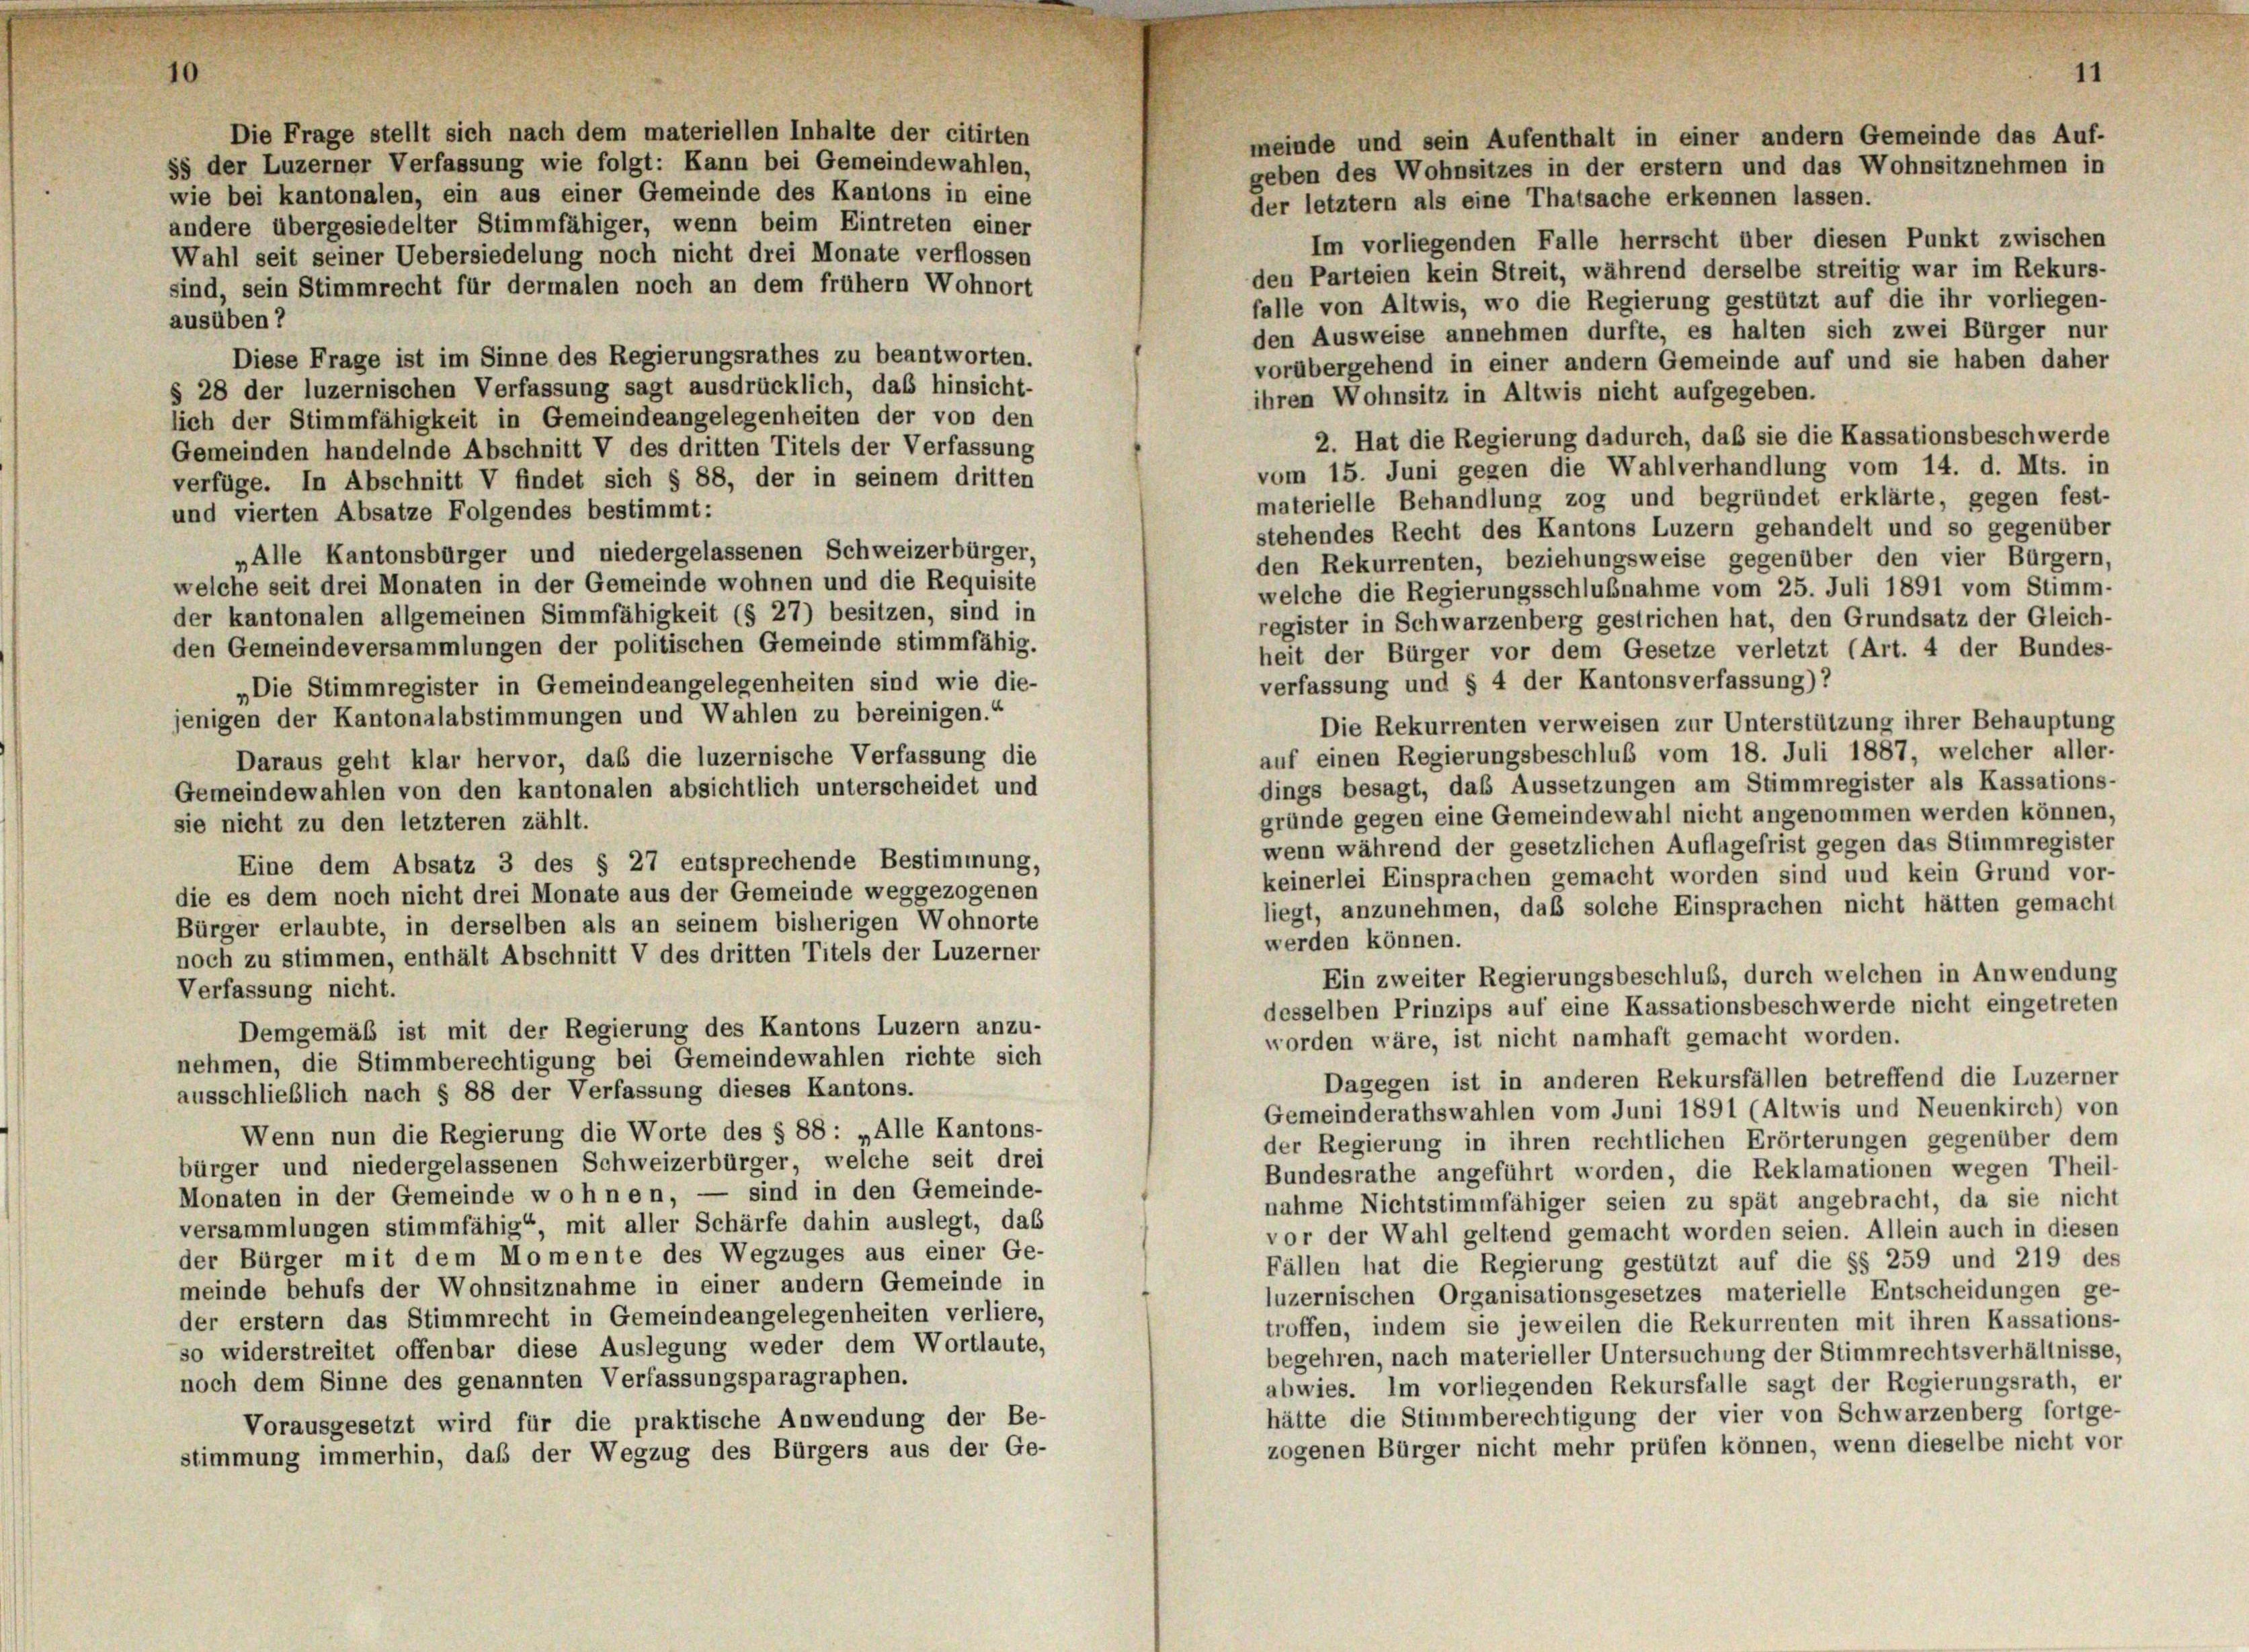
10

Die Frage stellt sich nach dem materiellen Inhalte der citirten
ss der Luzerner Verfassung wie folgt: Kann bei Gemeindewahlen,
wie bei kantonalen, ein aus einer Gemeinde des Kantons in eine
der letztem als eine Thatsache erkennen lassen.
andere übergesiedelter Stimmfähiger, wenn beim Eintreten einer
Im vorliegenden Falle herrscht über diesen Punkt zwischen
Wahl seit seiner Uebersiedelung noch nicht drei Monate verflossen
den Parteien kein Streit, während derselbe streitig war im Rekurs-
sind, sein Stimmrecht für dermalen noch an dem frühem Wohnort
falle von Altwis, wo die Regierung gestützt auf die ihr vorliegen-
ausüben?
den Ausweise annehmen durfte, es halten sich zwei Bürger nur
Diese Frage ist im Sinne des Regierungsrathes zu beantworten.
vorübergehend in einer andern Gemeinde auf und sie haben daher
§ 28 der luzernischen Verfassung sagt ausdrücklich, das hinsicht-
ihren Wohnsitz in Altwis nicht aufgegeben.
lich der Stimmfähigkeit in Gemeindeangelegenheiten der von den
2. Hat die Regierung dadurch, daß sie die Kassationsbeschwerde
Gemeinden handelnde Abschnitt V des dritten Titels der Verfassung
vom 15. Juni gegen die Wahlverhandlung vom 14. d. Mts. in
verfüge. In Abschnitt V findet sich § 88, der in seinem dritten
materielle Behandlung zog und begründet erklärte, gegen fest-
und vierten Absatze Folgendes bestimmt:
stehendes Recht des Kantons Luzern gehandelt und so gegenüber
„Alle Kantonsbürger und niedergelassenen Schweizerbürger,
den Rekurrenten, beziehungsweise gegenüber den vier Bürgern,
welche seit drei Monaten in der Gemeinde wohnen und die Requisite
welche die Regierungsschlußnahme vom 25. Juli 1891 vom Stimm-
der kantonalen allgemeinen Simmfähigkeit (§ 27) besitzen, sind in
register in Schwarzenberg gestrichen hat, den Grundsatz der Gleich-
den Gemeindeversammlungen der politischen Gemeinde stimmfähig.
heit der Bürger vor dem Gesetze verletzt (Art. 4 der Bundes-
verfassung und § 4 der Kantonsverfassung) ?
„Die Stimmregister in Gemeindeangelegenheiten sind wie die-
jenigen der Kantonalabstimmungen und Wahlen zu bereinigen.“
Die Rekurrenten verweisen zur Unterstützung ihrer Behauptung
auf einen Regierungsbeschluß vom 18. Juli 1887, welcher aller-
Daraus geht klar hervor, daß die luzernische Verfassung die
dings besagt, das Aussetzungen am Stimmregister als Kassations-
Gemeindewahlen von den kantonalen absichtlich unterscheidet und
gründe gegen eine Gemeindewahl nicht angenommen werden können,
sie nicht zu den letzteren zählt.
wenn während der gesetzlichen Auflagefrist gegen das Stimmregister
Eine dem Absatz 3 des § 27 entsprechende Bestimmung,
keinerlei Einsprachen gemacht worden sind und kein Grund vor-
die es dem noch nicht drei Monate aus der Gemeinde weggezogenen
liegt, anzunehmen, daß solche Einsprachen nicht hätten gemacht
Bürger erlaubte, in derselben als an seinem bisherigen Wohnorte
werden können.
noch zu stimmen, enthält Abschnitt V des dritten Titels der Luzerner
Ein zweiter Regierungsbeschluß, durch welchen in Anwendung
Verfassung nicht.
desselben Prinzips auf eine Kassationsbeschwerde nicht eingetreten
Demgemäß ist mit der Regierung des Kantons Luzern anzu-
worden wäre, ist nicht namhaft gemacht worden.
nehmen, die Stimmberechtigung bei Gemeindewahlen richte sich
Dagegen ist in anderen Rekursfällen betreffend die Luzerner
ausschließlich nach § 88 der Verfassung dieses Kantons.
Gemeinderathswahlen vom Juni 1891 (Altwis und Neuenkirch) von
Wenn nun die Regierung die Worte des § 88 : „Alle Kantons-
der Regierung in ihren rechtlichen Erörterungen gegenüber dem
bürger und niedergelassenen Schweizerbürger, welche seit drei
Bundesrathe angeführt worden, die Reklamationen wegen Theil-
Monaten in der Gemeinde wohnen, — sind in den Gemeinde-
nahme Nichtstimmfähiger seien zu spät angebracht, da sie nicht
versammlungen stimmfähig“, mit aller Schärfe dahin auslegt, das
vor der Wahl geltend gemacht worden seien. Allein auch in diesen
der Bürger mit dem Momente des Wegzuges aus einer Ge-
Fällen hat die Regierung gestützt auf die §§ 259 und 219 des
meinde behufs der Wohnsitznahme in einer andern Gemeinde in
luzernischen Organisationsgesetzes materielle Entscheidungen ge-
der erstem das Stimmrecht in Gemeindeangelegenheiten verliere,
troffen, indem sie jeweilen die Rekurrenten mit ihren Kassations-
so widerstreitet offenbar diese Auslegung weder dem Wortlaute,
begehren, nach materieller Untersuchung der Stimmrechtsverhältnisse,
noch dem Sinne des genannten Verfassungsparagraphen.
abwies. Im vorliegenden Rekursfalle sagt der Regierungsrath, er
hätte die Stimmberechtigung der vier von Schwarzenberg fortge-
Vorausgesetzt wird für die praktische Anwendung der Be-
zogenen Bürger nicht mehr prüfen können, wenn dieselbe nicht vor
stimmung immerhin, daß der Wegzug des Bürgers aus der Ge-

meinde und sein Aufenthalt in einer andern Gemeinde das Auf-
geben des Wohnsitzes in der erstem und das Wohnsitznehmen in

11